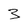
Character: 3